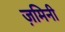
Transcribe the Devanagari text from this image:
ज़मिनी